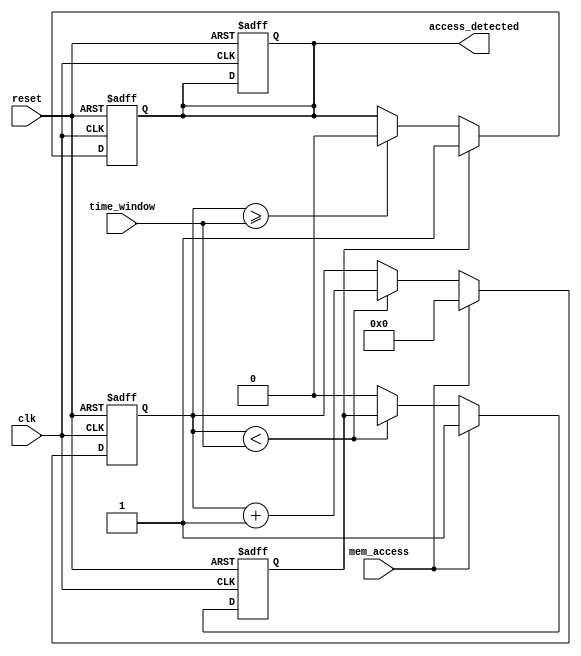
module memory_time_window_detector (
    input wire clk,                   // System clock
    input wire reset,                 // Asynchronous reset
    input wire mem_access,            // Memory access signal (read/write)
    input wire [7:0] time_window,     // Configurable time window in clock cycles
    output reg access_detected        // Output signal indicating access within time window
);

    reg [7:0] counter;                // Time counter
    reg access_flag;                  // Flag to indicate access detected

    // Asynchronous reset and counter logic
    always @(posedge clk or posedge reset) begin
        if (reset) begin
            counter <= 8'b0;
            access_detected <= 1'b0;
            access_flag <= 1'b0;
        end else if (mem_access) begin
            access_flag <= 1'b1;       // Set access flag on memory access
            counter <= 8'b0;           // Reset counter on access
        end else if (counter < time_window) begin
            counter <= counter + 1'b1; // Increment counter if within time window
        end else begin
            access_flag <= 1'b0;       // Clear access flag if time window expired
        end
    end

    // Output logic to generate access_detected signal
    always @(posedge clk or posedge reset) begin
        if (reset) begin
            access_detected <= 1'b0;
        end else if (access_flag) begin
            access_detected <= 1'b1;    // Set output signal if access detected
        end else if (counter >= time_window) begin
            access_detected <= 1'b0;    // Clear output signal if time window expired
        end
    end

endmodule